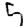
Digit: 5